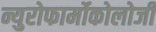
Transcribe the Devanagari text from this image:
न्युरोफार्मोकोलोजी